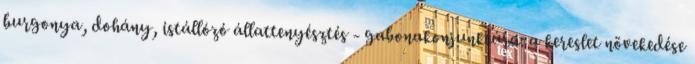
burgonya, dohány, istállózó állattenyésztés - gabonakonjunktúra: a kereslet növekedése